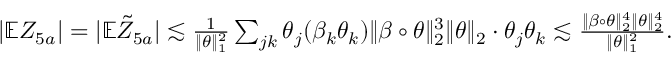
\begin{array} { r } { | \mathbb { E } Z _ { 5 a } | = | \mathbb { E } \tilde { Z } _ { 5 a } | \lesssim \frac { 1 } { \| \theta \| _ { 1 } ^ { 2 } } \sum _ { j k } \theta _ { j } ( \beta _ { k } \theta _ { k } ) \| \beta \circ \theta \| _ { 2 } ^ { 3 } \| \theta \| _ { 2 } \cdot \theta _ { j } \theta _ { k } \lesssim \frac { \| \beta \circ \theta \| _ { 2 } ^ { 4 } \| \theta \| _ { 2 } ^ { 4 } } { \| \theta \| _ { 1 } ^ { 2 } } . } \end{array}